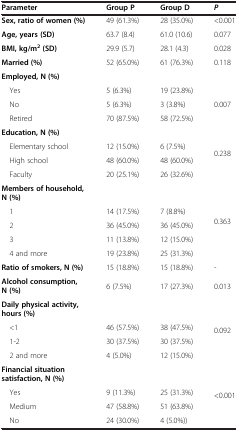
<table><thead><tr><td><b>Parameter</b></td><td><b>Group P</b></td><td><b>Group D</b></td><td><b><i>P</i></b></td></tr></thead><tbody><tr><td><b>Sex, ratio of women (%)</b></td><td>49 (61.3%)</td><td>28 (35.0%)</td><td>&lt;0.001</td></tr><tr><td><b>Age, years (SD)</b></td><td>63.7 (8.4)</td><td>61.0 (10.6)</td><td>0.077</td></tr><tr><td><b>BMI, kg/m</b><sup><b>2</b></sup><b>(SD)</b></td><td>29.9 (5.7)</td><td>28.1 (4.3)</td><td>0.028</td></tr><tr><td><b>Married (%)</b></td><td>52 (65.0%)</td><td>61 (76.3%)</td><td>0.118</td></tr><tr><td><b>Employed, N (%)</b></td><td></td><td></td><td></td></tr><tr><td> Yes</td><td>5 (6.3%)</td><td>19 (23.8%)</td><td rowspan="3">0.007</td></tr><tr><td> No</td><td>5 (6.3%)</td><td>3 (3.8%)</td></tr><tr><td> Retired</td><td>70 (87.5%)</td><td>58 (72.5%)</td></tr><tr><td><b>Education, N (%)</b></td><td></td><td></td><td rowspan="4">0.238</td></tr><tr><td> Elementary school</td><td>12 (15.0%)</td><td>6 (7.5%)</td></tr><tr><td> High school</td><td>48 (60.0%)</td><td>48 (60.0%)</td></tr><tr><td> Faculty</td><td>20 (25.1%)</td><td>26 (32.6%)</td></tr><tr><td><b>Members of household, N (%)</b></td><td></td><td></td><td rowspan="5">0.363</td></tr><tr><td> 1</td><td>14 (17.5%)</td><td>7 (8.8%)</td></tr><tr><td> 2</td><td>36 (45.0%)</td><td>36 (45.0%)</td></tr><tr><td> 3</td><td>11 (13.8%)</td><td>12 (15.0%)</td></tr><tr><td> 4 and more</td><td>19 (23.8%)</td><td>25 (31.3%)</td></tr><tr><td><b>Ratio of smokers, N (%)</b></td><td>15 (18.8%)</td><td>15 (18.8%)</td><td>-</td></tr><tr><td><b>Alcohol consumption, N (%)</b></td><td>6 (7.5%)</td><td>17 (27.3%)</td><td>0.013</td></tr><tr><td><b>Daily physical activity, hours (%)</b></td><td></td><td></td><td rowspan="4">0.092</td></tr><tr><td> &lt;1</td><td>46 (57.5%)</td><td>38 (47.5%)</td></tr><tr><td> 1-2</td><td>30 (37.5%)</td><td>30 (37.5%)</td></tr><tr><td> 2 and more</td><td>4 (5.0%)</td><td>12 (15.0%)</td></tr><tr><td><b>Financial situation satisfaction, N (%)</b></td><td></td><td></td><td rowspan="4">&lt;0.001</td></tr><tr><td> Yes</td><td>9 (11.3%)</td><td>25 (31.3%)</td></tr><tr><td> Medium</td><td>47 (58.8%)</td><td>51 (63.8%)</td></tr><tr><td> No</td><td>24 (30.0%)</td><td>4 (5.0%))</td></tr></tbody></table>